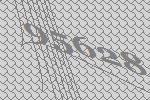
95628